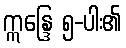
ဣန္ဒြေ ၅-ပါး၏